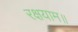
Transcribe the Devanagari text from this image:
रक्षयाम॥